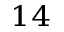
^ { 1 4 }